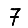
Digit: 7